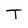
Character: T